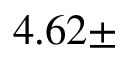
4 . 6 2 \pm